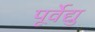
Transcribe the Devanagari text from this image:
पूर्वेद्यु